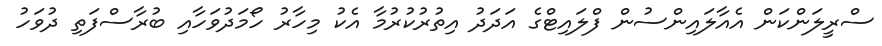
ސްރީލަންކަން އެއާލައިންސުން ފްލައިޓްގެ އަދަދު އިތުރުކުރުމާ އެކު މިހާރު ހޯމަދުވަހާއި ބުރާސްފަތި ދުވަހު